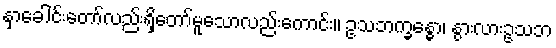
နှာခေါင်းတော်လည်းရှိတော်မူသောလည်းကောင်း။ ဥသဘက္ခန္ဓော၊ နွားလားဥသဘ